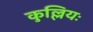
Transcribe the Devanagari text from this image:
कुल्लियः